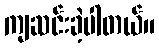
ကျဆင်းခဲ့ပါတယ်။